Lunatic asylums Punjab 1911-1921 - 1911-1921
Year: 1911
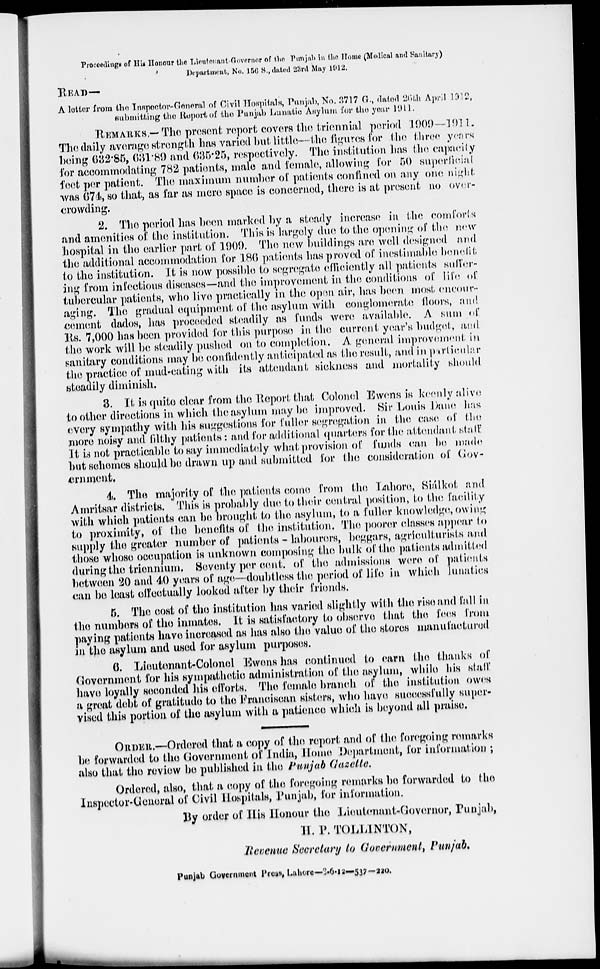
Proceedings of His Honour the Lieutenant-Governor of the Punjab in the Home (Modical and Sanitary)
Department, No. 156 S., dated 23rd May 1912.
READ—
A letter from the Inspector General of Civil Hospitals, Punjab, No. 3717 G., dated 26th April 1912,
submitting the Report of the Punjab Lunatic Asylum for the year 1911.
REMARKS. — The present report covers the triennial period 1909—1911.
The daily average strength has varied but little--the figures for the three years
being 682.85, 631.89 and 635.25, respectively. The institution has the capacity
for accommodating 782 patients, male and female, allowing for 50 superficial
feet per patient. The maximum number of patients confined on any one night
was 674, so that, as far as mere space is concerned, there is at present no over-
crowding.
2. The period has been marked by a steady increase in the comforts
and amenities of the institution. This is largely due to the opening of the new
hospital in the earlier part of 1909. The new buildings are well designed and.
the additional accommodation for 186 patients has proved of inestimable benefit
to the institution. It is now possible to segregate efficiently all patients suffer-
ing from infectious diseases—and the improvement in the conditions of life of
tubercular patients, who live practically in the open air, has been most encour-
aging. The gradual equipment of the asylum with conglomerate floors, and
cement dados, has proceeded steadily as funds were available. A sum of
Rs. 7,000 has been provided for this purpose in the current year's budget, and
the work will be steadily pushed on to completion. A general improvement in
sanitary conditions may be confidently anticipated as the result, and in particular
the practice of mud-eating with its attendant sickness and mortality should
steadily diminish.
8. It is quite clear from the Report that Colonel Ewens is keenly alive
to other directions in which the asylum may be improved. Sir Louis Dane has
every sympathy with his suggestions for fuller segregation in the case of the
more noisy and filthy patients: and for additional quarters for the attendant staff
It is not practicable to say immediately what provision, of funds can be made
but schemes should be drawn up and submitted for the consideration of Gov-
ernment.
4. The majority of the patients come from the Lahore, Siálkot and
Amritsar districts. This is probably due to their central position, to the facility
with which patients can be brought to the asylum, to a fuller knowledge, owing
to proximity, of the benefits of the institution. The poorer classes appear to
supply the greater number of patients - labourers, beggars, agriculturists and
those whose occupation is unknown composing the bulk of the patients admitted
during the triennium. Seventy per cent. of the admissions were of patients
between 20 and 40 years of age—doubtless the period of life in which lunatics
can be least effectually looked after by their friends.
5. The cost of the institution has varied slightly with the rise and fall in
the numbers of the inmates. It is satisfactory to observe that the fees from
paying patients have increased as has also the value of the stores manufactured
in the asylum and used for asylum purposes.
6. Lieutenant-Colonel Ewens has continued to earn the thanks of
Government for his sympathetic administration of the asylum, while his staff
have loyally seconded his efforts. The female branch of the institution owes
a great debt of gratitude to the Franciscan sisters, who have successfully super-
vised this portion of the asylum with a patience which is beyond all praise.
ORDER.—Ordered that a copy of the report and of the foregoing remarks
be forwarded to the Government of India, Home Department, for information ;
also that the review be published in the Punjab Gazette.
Ordered, also, that a copy of the foregoing remarks be forwarded to the
Inspector-General of Civil Hospitals, Punjab, for information.
By order of His Honour the Lieutenant-Governor, Punjab,
H. P. TOLLINTON,
Revenue Secretary to Government, Punjab.
Punjab Government Press, Lahore-3-6-12-537—220.